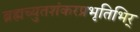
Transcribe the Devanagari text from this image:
ब्रह्मच्युतशंकरप्रभृतिभिर्‌